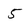
Character: 5